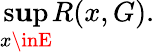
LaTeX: \operatorname*{s\mathbf{u}p}_{x\inE}R(x,G).